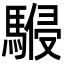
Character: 𩤨